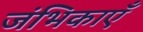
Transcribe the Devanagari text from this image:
जंभिकाएँ